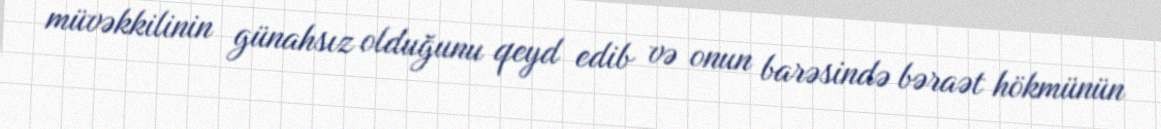
müvəkkilinin günahsız olduğunu qeyd edib və onun barəsində bəraət hökmünün